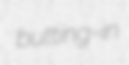
butting-in